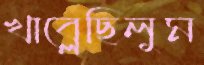
খাব্‌লেছিলুম